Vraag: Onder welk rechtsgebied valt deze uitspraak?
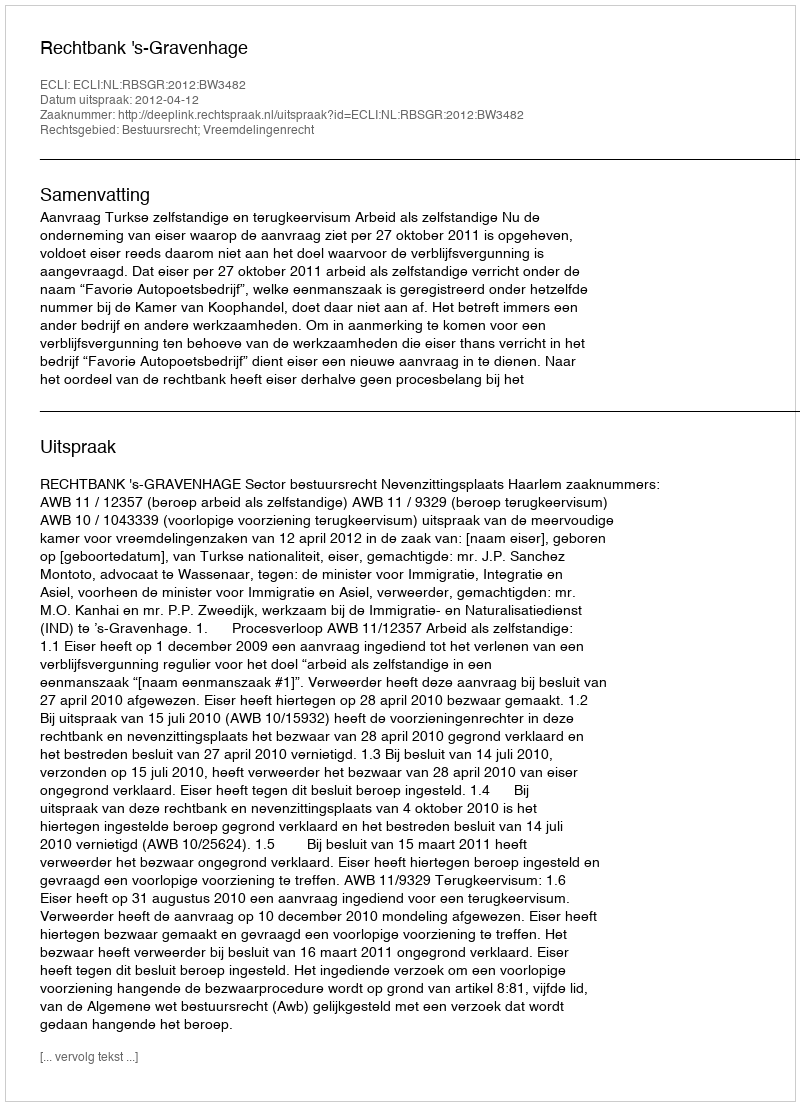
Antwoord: Bestuursrecht; Vreemdelingenrecht